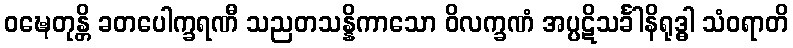
ဝဍ္ဎေတုန္တိ ခတပေါက္ခရဏီ သညတသန္နိကာသော ဝိလက္ခဏံ အပ္ပဋိသင်္ခါနိရုဒ္ဓါ သံဝရာတိ